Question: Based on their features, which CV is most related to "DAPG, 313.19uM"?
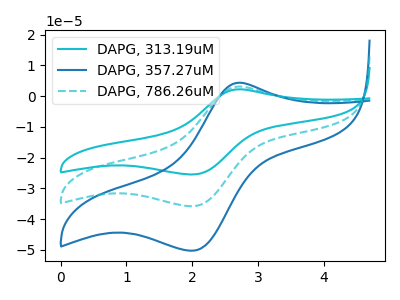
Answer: <think>The cyan curve "DAPG, 313.19uM" has an anodic peak at (2.70V, 6.15uA) and a cathodic peak at (2.00V, -71.65uA). The blue curve "DAPG, 357.27uM" has an anodic peak at (2.70V, 4.35uA) and a cathodic peak at (2.00V, -50.30uA). The cyan dashed curve "DAPG, 786.26uM" has an anodic peak at (2.70V, 3.10uA) and a cathodic peak at (2.00V, -35.80uA).
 All the peaks in "DAPG, 313.19uM" have a peak in "DAPG, 357.27uM" at the same potential. Every peak in "DAPG, 313.19uM" is higher than every peak in "DAPG, 357.27uM". All the peaks in "DAPG, 313.19uM" have a peak in "DAPG, 786.26uM" at the same potential. Every peak in "DAPG, 313.19uM" is higher than every peak in "DAPG, 786.26uM". All the peaks in "DAPG, 357.27uM" have a peak in "DAPG, 786.26uM" at the same potential. Every peak in "DAPG, 357.27uM" is higher than every peak in "DAPG, 786.26uM".</think>
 <answer>"DAPG, 313.19uM" and "DAPG, 786.26uM" have a similar shape to "DAPG, 357.27uM".</answer>
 <eval>"DAPG, 313.19uM" "DAPG, 786.26uM"</eval>